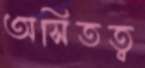
অসিতত্ব